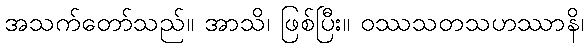
အသက်တော်သည်။ အာသိ၊ ဖြစ်ပြီး။ ဝဿသတသဟဿာနိ၊